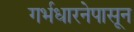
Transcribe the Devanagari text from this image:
गर्भधारनेपासून